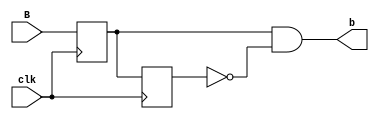
module Debounce
(
	input B,
	input clk,
	
	output b
);

reg w0,w1;

always @ (posedge clk)
begin
w0<=B;
end

always @ (posedge clk)
begin
w1<=w0;
end

assign b = w0 & ~w1;

endmodule